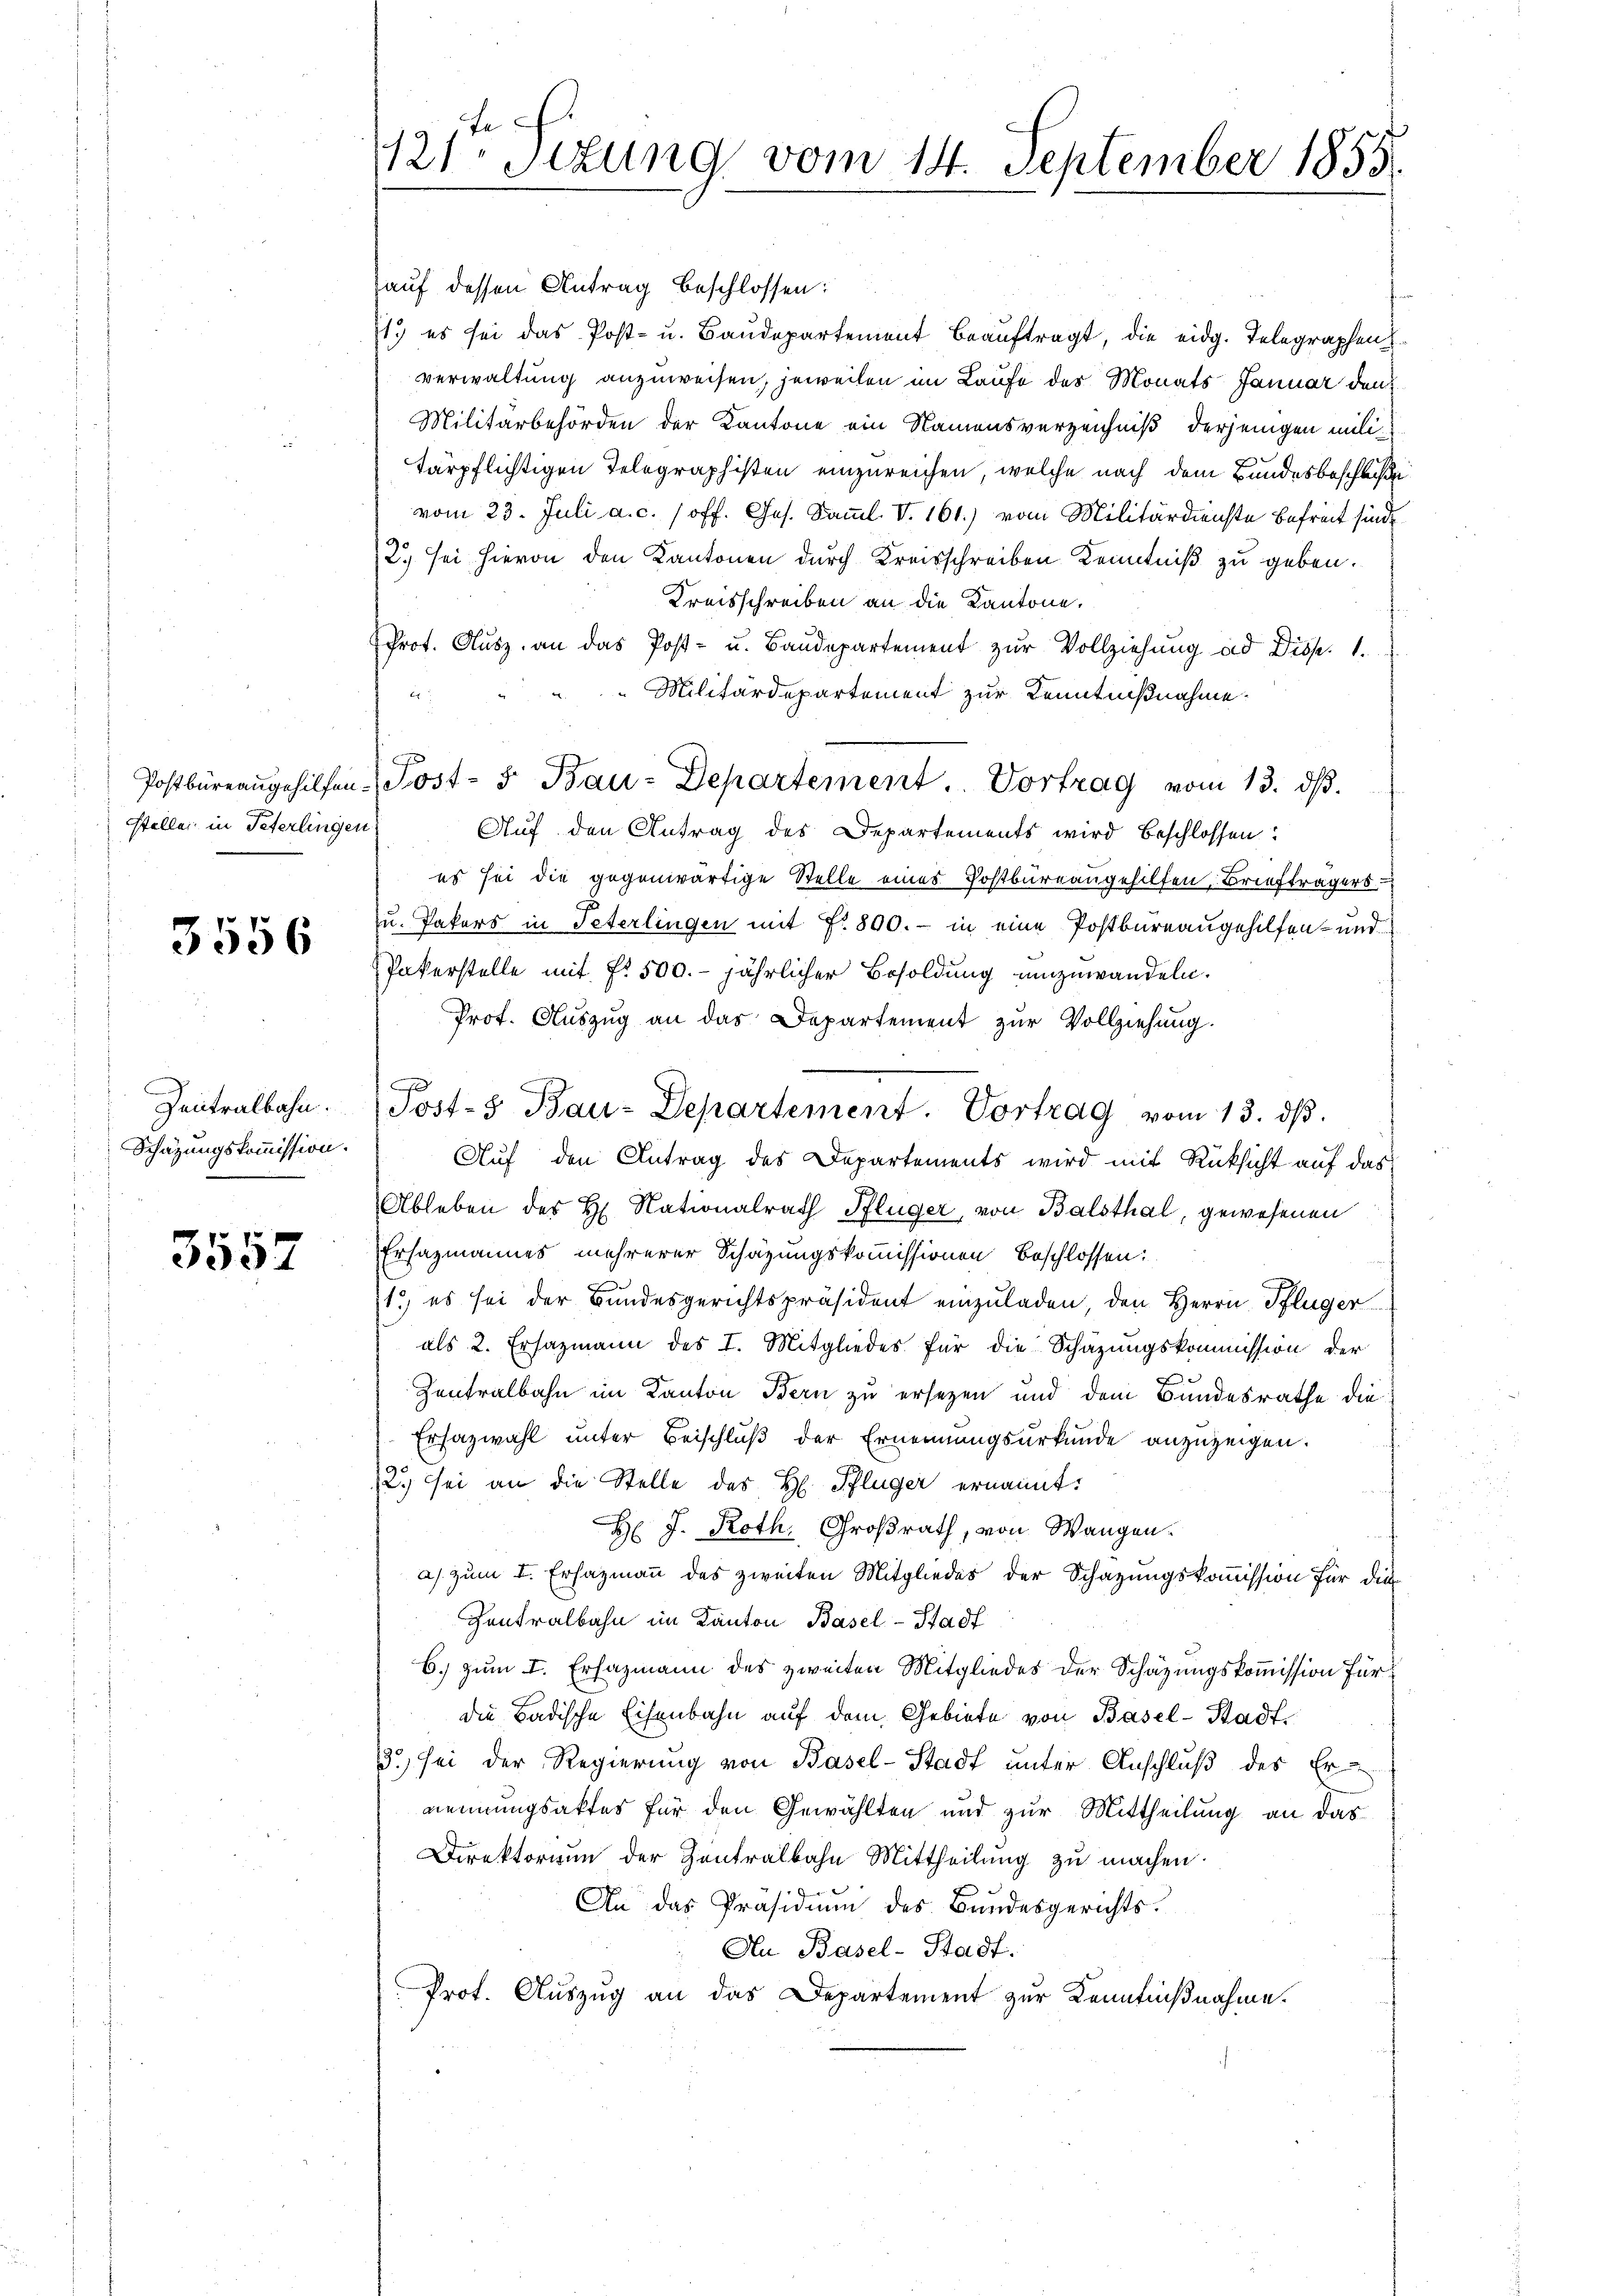
steller in Peterlingen

3556

Schätzungskommission.

3557

auf dessen Antrag beschlossen:
1.) es sei das Post- u. Baŭdepartement beaŭftragt, die eidg. Telegraphen
verwaltung anzuweisen, jeweilen im Laufe des Monats Januar den
Militärbehörden der Kantone ein Namensverzeichniß derjenigen militärpflichtigen Telegraphisten einzureichen, welche nach dem Bundesbeschluße
vom 23. Juli a. c. (off. Ges. Samml. V. 161.) vom Militärdienste Befreit sind
2.) Sei hievon den Kantonen durch Kreisschreiben Kenntniß zu geben.
Kreisschreiben an die Kantone.
Prot. Aŭsz, an das Post- u. Baŭdepartement zŭr Vollziehung ad Disp. 1.
Militärdepartement zur Kenntnißnahme.
Postbüreaŭgehilfen-Post- 5. Bau-Departement. Vortrag vom 13. dβ.
Auf den Antrag des Departements wird beschlossen:
es sei die gegenwärtige Stelle eines Postbureaugehilfen Briefträgers
zu. Pakers in Peterlingen mit Nr. 800.- in eine Postbureaugehilfen- und
PPakerstelle mit f. 500. jährlicher Besoldung umzuwandeln.
Prof. Auszug an das Departement zur Vollziehung.
Zentralbahn. Post- & Bau-Departement. Vortrag vom 13. dβ.
Auf den Antrag des Departements wird mit Rücksicht auf das
Ableben des H. Nationalrath Pflüger, von Balsthal, gewesenen
Ersazmannes mehrerer Schazungskommissionen beschlossen:
1.) es sei der Bundesgerichtspräsident einzuladen, den Herrn Pflüger
als 2. Ersazmann des I. Mitgliedes für die Schazungskommission der
Zentralbahn im Kanton Bern zu ersezen und dem Bundesrathe die
Erhazwahl unter Beischluß der Ernennungsurkunde anzuzeigen.
12.) sei an die Stelle des H. Pflüger ernannt:
H J. Roth. Großrath, von Wangen.
a) zum I. Ersazmann des zweiten Mitgliedes der Schazungskoṁission für die
Contralbahn im Kanton Basel-Stadt
B.) zum I. Ersazmann des zweiten Mitgliedes der Schazungskommission für
die Badische Eisenbahn aŭf dem Gebiete von Basel-Stadt
3) sei der Regierung von Basel-Stadt unter Anschluß des Er-
neinungsaktes für den Gewählten und zur Mittheilung an das
Direktorium der Zentralbahn Mittheilung zu machen.
An das Präsidium des Bundesgerichts¬
Au Basel-Stadt.
Prof. Auszug an das Departement zur Kenntnißnahme.

121. Sitzung vom 14. September 1855.